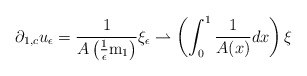
\begin{align*}\partial_{1,c}u_{\epsilon}=\frac{1}{A\left(\frac{1}{\epsilon}\mathrm{m}_{1}\right)}\xi_{\epsilon}\rightharpoonup\left(\int_{0}^{1}\frac{1}{A(x)}dx\right)\xi\end{align*}